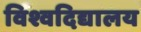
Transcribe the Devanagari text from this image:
विश्वदिद्यालय